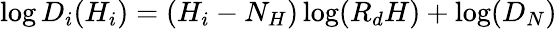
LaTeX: \log D_{i}(H_{i})=(H_{i}-N_{H})\log(R_{d}H)+\log(D_{N})